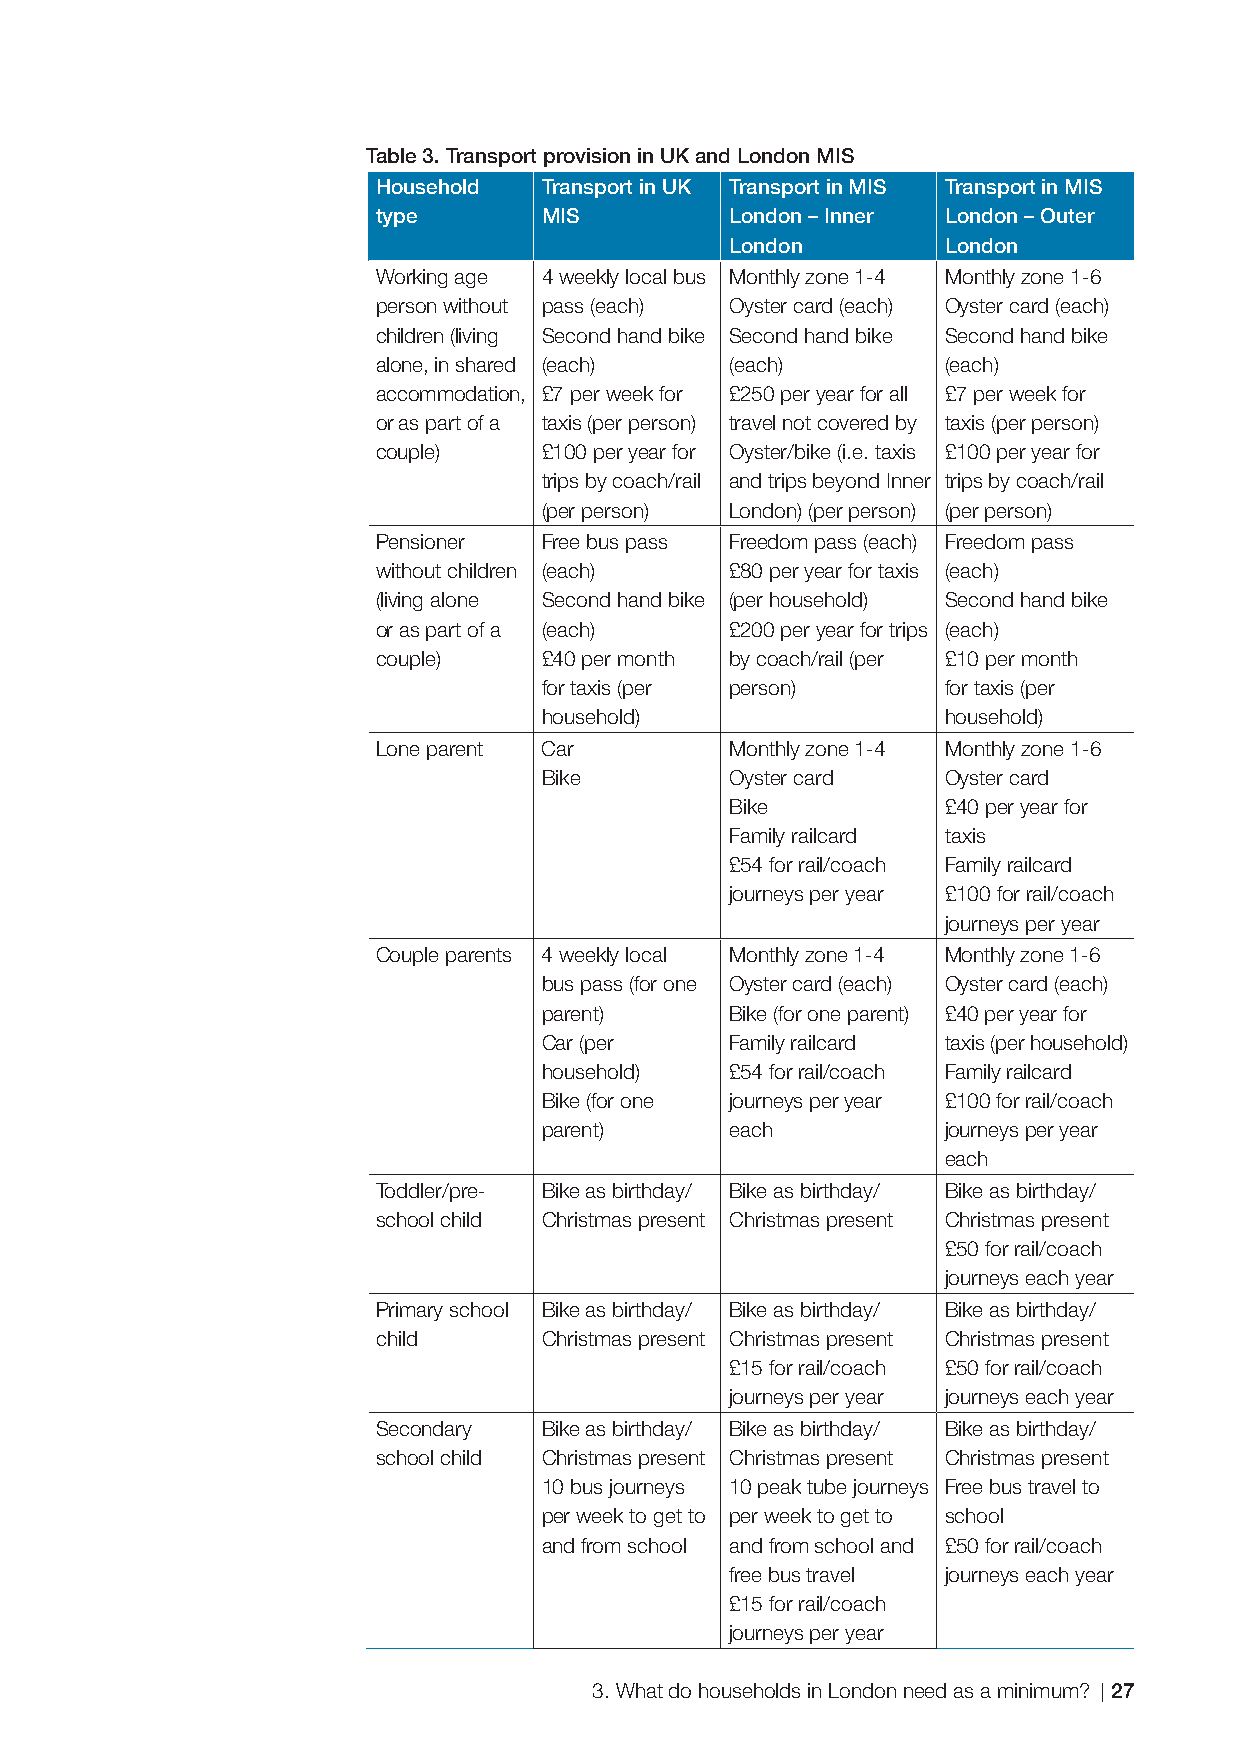
Table 3. Transport provision in UK and London MIS
 Household  Transport in UK Transport in MIS Transport in MIS
 type       MIS         London – Inner London – Outer
 London         London
 Working age 4 weekly local bus Monthly zone 1-4 Monthly zone 1-6
 person without pass (each) Oyster card (each) Oyster card (each)
 children (living Second hand bike Second hand bike Second hand bike
 alone, in shared (each) (each)        (each)
 accommodation, £7 per week for £250 per year for all £7 per week for
 or as part of a taxis (per person) travel not covered by taxis (per person)
 couple)    £100 per year for Oyster/bike (i.e. taxis £100 per year for
 trips by coach/rail and trips beyond Inner trips by coach/rail
 (per person) London) (per person) (per person)
 Pensioner  Free bus pass Freedom pass (each) Freedom pass
 without children (each) £80 per year for taxis (each)
 (living alone Second hand bike (per household) Second hand bike
 or as part of a (each) £200 per year for trips (each)
 couple)    £40 per month by coach/rail (per £10 per month
 for taxis (per person)     for taxis (per
 household)                 household)
 Lone parent Car        Monthly zone 1-4 Monthly zone 1-6
 Bike        Oyster card    Oyster card
 Bike           £40 per year for
 Family railcard taxis
 £54 for rail/coach Family railcard
 journeys per year £100 for rail/coach
 journeys per year
 Couple parents 4 weekly local Monthly zone 1-4 Monthly zone 1-6
 bus pass (for one Oyster card (each) Oyster card (each)
 parent)     Bike (for one parent) £40 per year for
 Car (per    Family railcard taxis (per household)
 household)  £54 for rail/coach Family railcard
 Bike (for one journeys per year £100 for rail/coach
 parent)     each           journeys per year
 each
 Toddler/pre- Bike as birthday/ Bike as birthday/ Bike as birthday/
 school child Christmas present Christmas present Christmas present
 £50 for rail/coach
 journeys each year
 Primary school Bike as birthday/ Bike as birthday/ Bike as birthday/
 child      Christmas present Christmas present Christmas present
 £15 for rail/coach £50 for rail/coach
 journeys per year journeys each year
 Secondary  Bike as birthday/ Bike as birthday/ Bike as birthday/
 school child Christmas present Christmas present Christmas present
 10 bus journeys 10 peak tube journeys Free bus travel to
 per week to get to per week to get to school
 and from school and from school and £50 for rail/coach
 free bus travel journeys each year
 £15 for rail/coach
 journeys per year
 3. What do households in London need as a minimum? 27